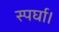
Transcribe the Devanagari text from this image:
स्पर्घा।